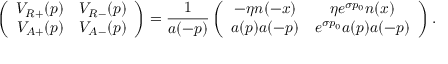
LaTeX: \left( \begin{array} { c c } { { V _ { R + } ( p ) } } & { { V _ { R - } ( p ) } } \\ { { V _ { A + } ( p ) } } & { { V _ { A - } ( p ) } } \end{array} \right) = \frac { 1 } { a ( - p ) } \left( \begin{array} { c c } { { - \eta n ( - x ) } } & { { \eta e ^ { \sigma p _ { 0 } } n ( x ) } } \\ { { a ( p ) a ( - p ) } } & { { e ^ { \sigma p _ { 0 } } a ( p ) a ( - p ) } } \end{array} \right) .